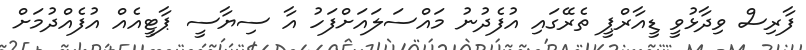
ފާރިސް ވިދާޅުވީ ޑީއާރްޕީ ތެރޭގައި އުފެދުނު މައްސަލައަށްފަހު އާ ސިޔާސީ ޕާޓީއެއް އުފެއްދުމަށް